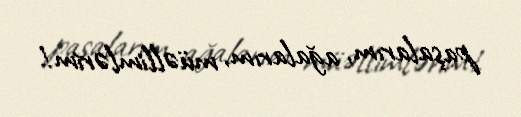
paşalarım, ağalarım, müəllimlərim!.